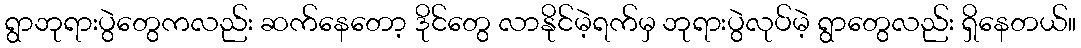
ရွာဘုရားပွဲတွေကလည်း ဆက်နေတော့ ဒိုင်တွေ လာနိုင်မဲ့ရက်မှ ဘုရားပွဲလုပ်မဲ့ ရွာတွေလည်း ရှိနေတယ်။